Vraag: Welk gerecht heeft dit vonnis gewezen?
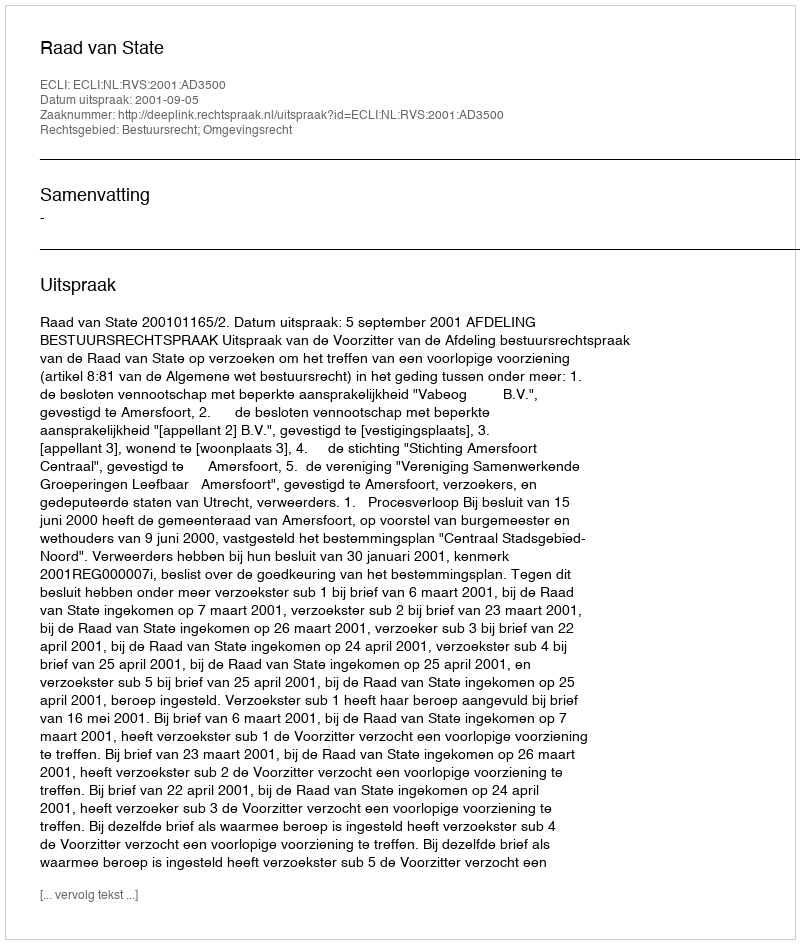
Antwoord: Raad van State